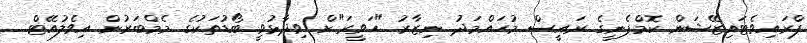
ޕްރައިވެޓައިޒޭޝަން ކޮމްޕެނީގެ ރައީސް މުހައްމަދު ނިޒާރު "ހަވީރަ"ށް ވިދާޅުވީ ބޯޑުތަކުގެ މެމްބަރުން އިވެލުއޭޓް..